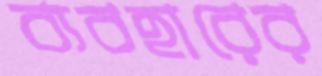
ব্যবহারের